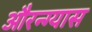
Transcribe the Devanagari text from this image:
औरन्ग्यास